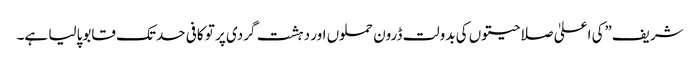
شریف”کی اعلیٰ صلاحیتوں کی بدولت ڈرون حملوں اور دہشت گردی پر تو کافی حدتک قابوپالیا ہے۔